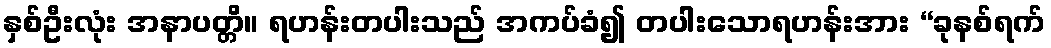
နှစ်ဦးလုံး အနာပတ္တိ။ ရဟန်းတပါးသည် အကပ်ခံ၍ တပါးသောရဟန်းအား “ခုနစ်ရက်